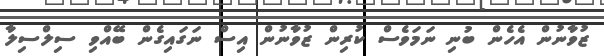
ޒުވާނުން އެހެން ބުނި ނަމަވެސް ކުރިން ޒުވާނުން އިސް ނަގައިގެން ބޭއްވި ސިލްސިލާ